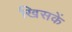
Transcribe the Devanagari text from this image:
खिसकें